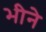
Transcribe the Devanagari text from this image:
भीने